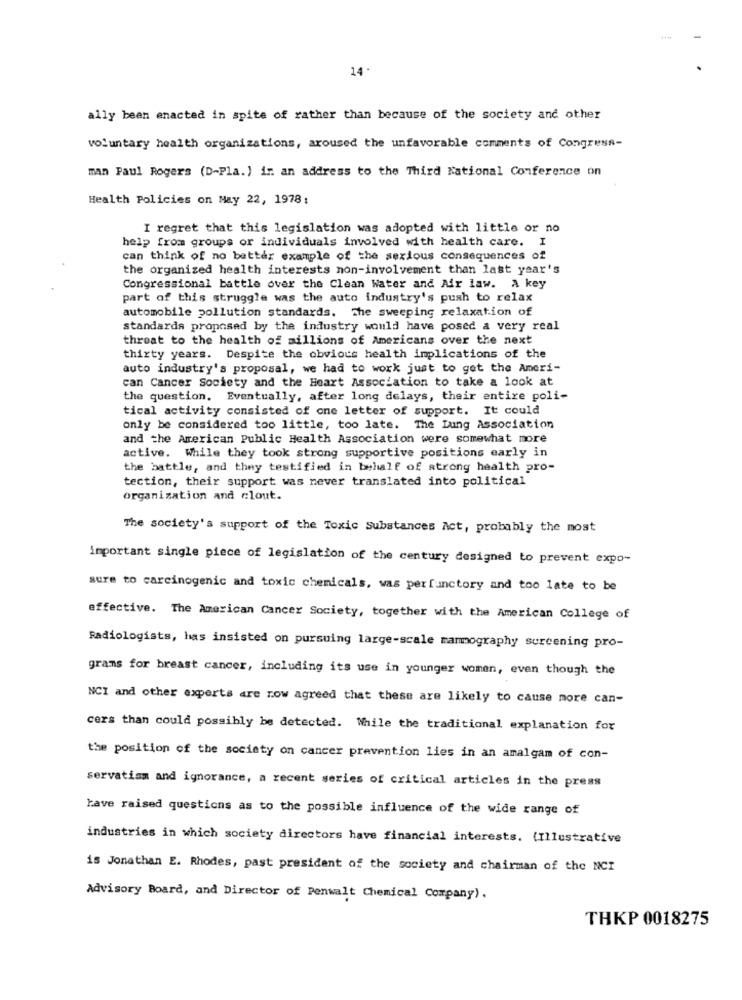
14.
ally been enacted in spite of rather than because of the society and other
voluntary health organizations, aroused the unfavorable comments of Congress-
man Paul Rogers (D-Pla.) in an address to the Third National Conference on
Health Policies on May 22, 1978:
I regret that this legislation was adopted with little or no
help from groups or individuals involved with health care. I
can think of no better example of the serious consequences of
the organized health interests non-involvement than last year's
Congressional battle over the Clean Water and Air law. A key
part of this struggle was the auto industry's push to relax
automobile pollution standards. The sweeping relaxation of
standards proposed by the industry would have posed a very real
threat to the health of millions of Americans over the next
thirty years. Despite the obvious health implications of the
auto industry's proposal, we had to work just to get the Ameri-
can Cancer Society and the Heart Association to take a look at
the question. Eventually, after long delays, their entire poli-
tical activity consisted of one letter of support. It could
only be considered too little, too late. The Lung Association
and the American Public Health Association were somewhat more
active. While they took strong supportive positions early in
the battle, and they testified in behalf of strong health pro-
tection, their support was never translated into political
organization and clout.
The society's support of the Toxic Substances Act, probably the most
important single piece of legislation of the century designed to prevent expo-
sure to carcinogenic and toxic chemicals, was perfunctory and too late to be
effective. The American Cancer Society, together with the American College of
Radiologists, has insisted on pursuing large-scale mammography screening pro-
grams for breast cancer, including its use in younger women, even though the
NCI and other experts are now agreed that these are likely to cause more can-
cers than could possibly be detected. While the traditional explanation for
the position of the society on cancer prevention lies in an amalgam of con-
servatism and ignorance, a recent series of critical articles in the press
have raised questions as to the possible influence of the wide range of
industries in which society directors have financial interests. (Illustrative
is Jonathan E. Rhodes, past president of the society and chairman of the NCI
Advisory Board, and Director of Penwalt Chemical Company).
THKP 0018275